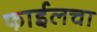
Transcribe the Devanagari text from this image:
फाईलचा